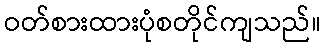
ဝတ်စားထားပုံစတိုင်ကျသည်။